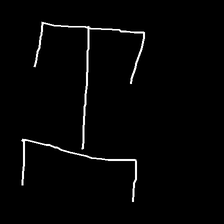
Glyph: entwine